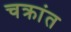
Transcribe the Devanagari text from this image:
चक्रांत